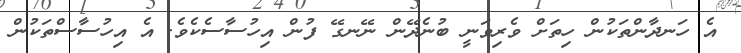
އެ ހަނދާންތަކުން ހިތަށް ވެރިވަނީ ބުނެދޭން ނޭނގޭ ފުން އިހުސާސެކެވެ. އެ އިހުސާސްތަކުން